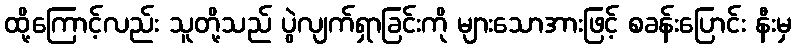
ထို့ကြောင့်လည်း သူတို့သည် ပွဲလျက်ရှာခြင်းကို များသောအားဖြင့် စခန်းပြောင်း နီးမှ